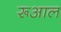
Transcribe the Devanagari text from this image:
रूआल